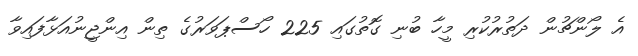
އެ ލޯންޗުން ދަތުރުކުރި މީހާ ބުނި ގޮތުގައި 225 ހޯސްޕަވަރުގެ ތިން އިންޖީނުއަޅާފައިވާ